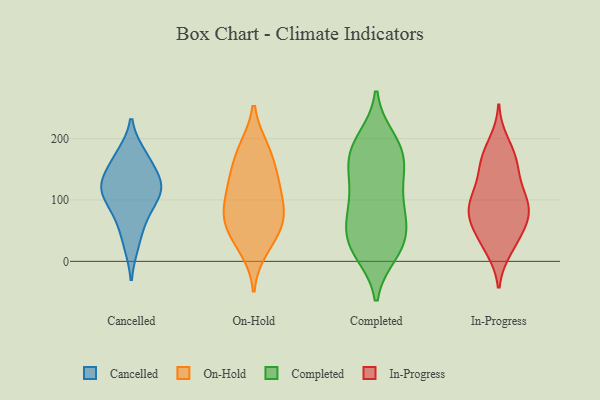
{"axis": {"x": "Temperature (°C)", "y": "Value"}, "legend": ["Cancelled", "Completed", "In-Progress", "On-Hold"], "data": [{"x": "", "y": 68, "type": "Cancelled"}, {"x": "", "y": 27, "type": "Cancelled"}, {"x": "", "y": 122, "type": "Cancelled"}, {"x": "", "y": 141, "type": "Cancelled"}, {"x": "", "y": 116, "type": "Cancelled"}, {"x": "", "y": 174, "type": "Cancelled"}, {"x": "", "y": 121, "type": "Cancelled"}, {"x": "", "y": 169, "type": "Cancelled"}, {"x": "", "y": 115, "type": "Cancelled"}, {"x": "", "y": 83, "type": "Cancelled"}, {"x": "", "y": 149, "type": "On-Hold"}, {"x": "", "y": 76, "type": "On-Hold"}, {"x": "", "y": 133, "type": "On-Hold"}, {"x": "", "y": 75, "type": "On-Hold"}, {"x": "", "y": 40, "type": "On-Hold"}, {"x": "", "y": 107, "type": "On-Hold"}, {"x": "", "y": 183, "type": "On-Hold"}, {"x": "", "y": 121, "type": "On-Hold"}, {"x": "", "y": 20, "type": "On-Hold"}, {"x": "", "y": 184, "type": "On-Hold"}, {"x": "", "y": 74, "type": "On-Hold"}, {"x": "", "y": 56, "type": "On-Hold"}, {"x": "", "y": 14, "type": "Completed"}, {"x": "", "y": 91, "type": "Completed"}, {"x": "", "y": 164, "type": "Completed"}, {"x": "", "y": 128, "type": "Completed"}, {"x": "", "y": 24, "type": "Completed"}, {"x": "", "y": 40, "type": "Completed"}, {"x": "", "y": 80, "type": "Completed"}, {"x": "", "y": 191, "type": "Completed"}, {"x": "", "y": 23, "type": "Completed"}, {"x": "", "y": 139, "type": "Completed"}, {"x": "", "y": 99, "type": "Completed"}, {"x": "", "y": 160, "type": "Completed"}, {"x": "", "y": 199, "type": "Completed"}, {"x": "", "y": 63, "type": "Completed"}, {"x": "", "y": 60, "type": "Completed"}, {"x": "", "y": 190, "type": "Completed"}, {"x": "", "y": 167, "type": "Completed"}, {"x": "", "y": 23, "type": "Completed"}, {"x": "", "y": 51, "type": "In-Progress"}, {"x": "", "y": 153, "type": "In-Progress"}, {"x": "", "y": 34, "type": "In-Progress"}, {"x": "", "y": 70, "type": "In-Progress"}, {"x": "", "y": 116, "type": "In-Progress"}, {"x": "", "y": 98, "type": "In-Progress"}, {"x": "", "y": 176, "type": "In-Progress"}, {"x": "", "y": 97, "type": "In-Progress"}, {"x": "", "y": 82, "type": "In-Progress"}, {"x": "", "y": 170, "type": "In-Progress"}, {"x": "", "y": 59, "type": "In-Progress"}, {"x": "", "y": 105, "type": "In-Progress"}, {"x": "", "y": 97, "type": "In-Progress"}, {"x": "", "y": 21, "type": "In-Progress"}, {"x": "", "y": 195, "type": "In-Progress"}, {"x": "", "y": 156, "type": "In-Progress"}, {"x": "", "y": 70, "type": "In-Progress"}, {"x": "", "y": 140, "type": "In-Progress"}, {"x": "", "y": 73, "type": "In-Progress"}, {"x": "", "y": 18, "type": "In-Progress"}]}